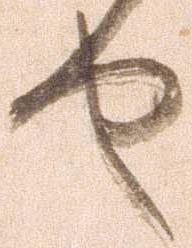
せ